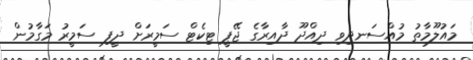
މައުލޫމާތު މުއްސަނދިވި ދިއްދޫ ދާއިރާގެ ޖޭޕީ ޓިކެޓް ސަމީރަށް ދީފި ސަމީރު މަގާމުން